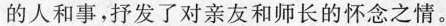
的人和事，抒发了对亲友和师长的怀念之情。